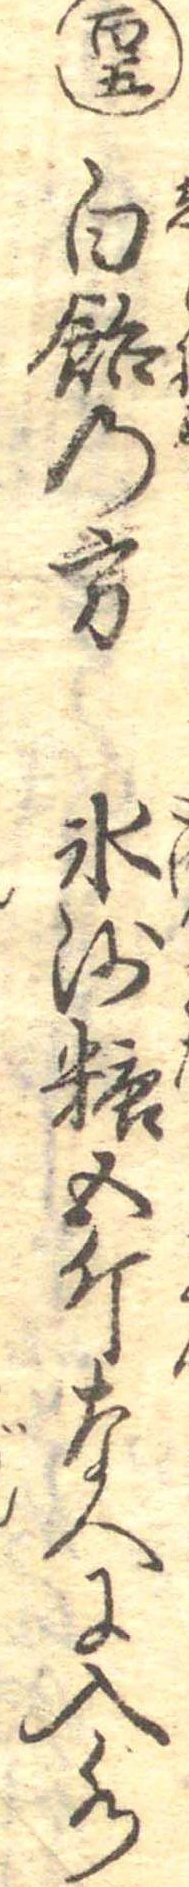
百五白飴の方氷沙糖五斤なへに入水